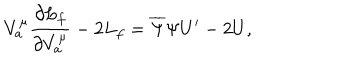
V _ { a } ^ { \mu } \frac { \partial L _ { f } } { \partial V _ { a } ^ { \mu } } - 2 L _ { f } = \overline { { { \Psi } } } \Psi U ^ { \prime } - 2 U ,